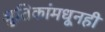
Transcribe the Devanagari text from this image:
श्रुतिकांमधूनही